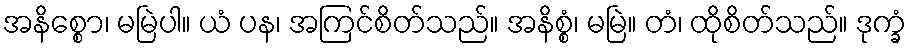
အနိစ္စော၊ မမြဲပါ။ ယံ ပန၊ အကြင်စိတ်သည်။ အနိစ္စံ၊ မမြဲ။ တံ၊ ထိုစိတ်သည်။ ဒုက္ခံ